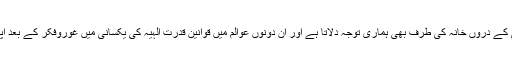
’قرآنِ مجید‘ خارجی کائنات کے ساتھ ساتھ نفسِ اِنسانی کے درُوں خانہ کی طرف بھی ہماری توجہ دِلاتا ہے اور اُن دونوں عوالم میں قوانینِ قدرتِ اِلٰہیہ کی یکسانی میں غوروفکر کے بعد اپنے خالق کے حضور سربسجدہ ہونے کا حکم دیتا ہے۔